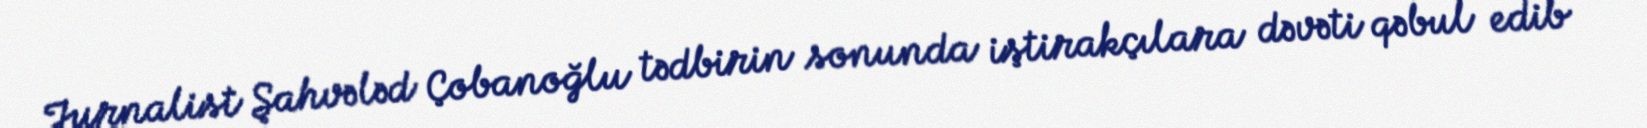
Jurnalist Şahvələd Çobanoğlu tədbirin sonunda iştirakçılara dəvəti qəbul edib